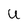
Character: U